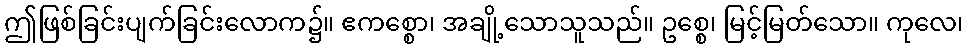
ဤဖြစ်ခြင်းပျက်ခြင်းလောက၌။ ဧကစ္စော၊ အချို့သောသူသည်။ ဥစ္စေ၊ မြင့်မြတ်သော။ ကုလေ၊